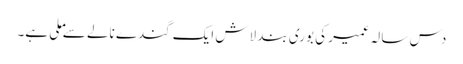
دس سالہ عمیر کی بوری بند لاش ایک گندے نالے سے ملی ہے۔